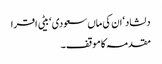
دلشاد‘ ان کی ماں سعودی ‘ بیٹی اقرا
مقدمہ کا موقف ۔